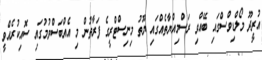
އުރީދޫ މޯލްޑިވްސްގައި ބޭއްވި ރަސްމިއްޔާތެއްގައި ޔޫތު މިނިސްޓްރީގެ ފަރާތުން މި އެއްބަސްވުމުގައި ސޮއިކުރެއްވީ